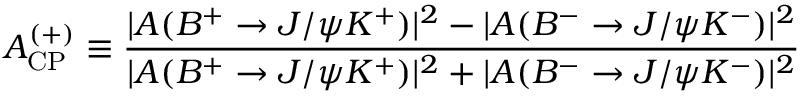
{ \cal A } _ { \mathrm { C P } } ^ { ( + ) } \equiv \frac { | A ( B ^ { + } \to J / \psi K ^ { + } ) | ^ { 2 } - | A ( B ^ { - } \to J / \psi K ^ { - } ) | ^ { 2 } } { | A ( B ^ { + } \to J / \psi K ^ { + } ) | ^ { 2 } + | A ( B ^ { - } \to J / \psi K ^ { - } ) | ^ { 2 } }